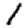
Digit: 1